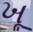
ખૂ